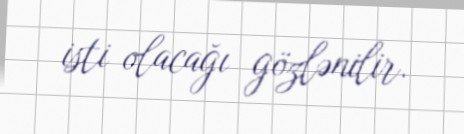
isti olacağı gözlənilir.